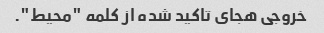
خروجی هجای تاکید شده از کلمه "محیط".